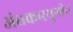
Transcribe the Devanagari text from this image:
अंधकारयुगीन